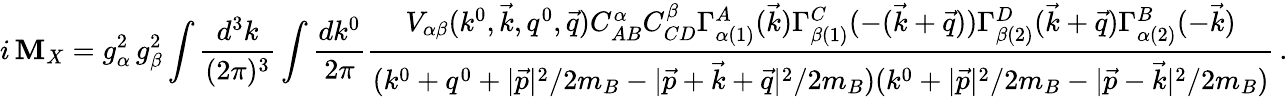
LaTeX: i\, {\cal\mathbf{M}}_{X}=g_{\alpha}^{2}\, g_{\beta}^{2}\int{\frac{{d^{3}k}}{{(2\pi)^{3}}}}\int{\frac{{dk^{0}}}{{2\pi}}}{\frac{{V_{\alpha\beta}(k^{0},\vec{{k}},q^{0},\vec{{q}})C_{AB}^{\alpha}C_{CD}^{\beta}\Gamma_{\alpha(1)}^{A}(\vec{{k}})\Gamma_{\beta(1)}^{C}(-(\vec{{k}}+\vec{{q}}))\Gamma_{\beta(2)}^{D}(\vec{{k}}+\vec{{q}})\Gamma_{\alpha(2)}^{B}(-\vec{{k}})}}{{(k^{0}+q^{0}+{|\vec{{p}}|^{2}/2m_{B}}-{|\vec{{p}}+\vec{{k}}+\vec{{q}}|^{2}/2m_{B}})(k^{0}+{|\vec{{p}}|^{2}/2m_{B}}-{|\vec{{p}}-\vec{{k}}|^{2}/2m_{B}})}}}\, .